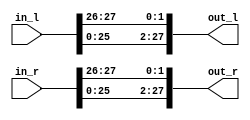
`timescale 1ns / 1ps
//////////////////////////////////////////////////////////////////////////////////
// Company: 
// Engineer: 
// 
// Design Name: 
// Module Name:    shiftb2 
// Project Name: 
// Target Devices: 
// Tool versions: 
// Description: 
//
// Dependencies: 
//
// Revision: 
// Revision 0.01 - File Created
// Additional Comments: 
//
//////////////////////////////////////////////////////////////////////////////////
module shiftb2(
    input [28:1] in_l,
    input [28:1] in_r,
    output [28:1] out_l,
    output [28:1] out_r
    );

assign out_l= { in_l[26:1], in_l[28], in_l[27] };
assign out_r= { in_r[26:1], in_r[28], in_r[27] };
endmodule